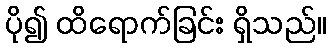
ပို၍ ထိရောက်ခြင်း ရှိသည်။